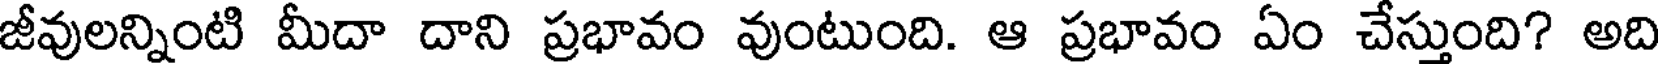
జీవులన్నింటి మీదా దాని ప్రభావం వుంటుంది. ఆ ప్రభావం ఏం చేస్తుంది? అది